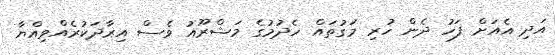
އަދި އެއަށް ފަހު ދެން ހުރި މަގުތައް ހެދުމުގެ މަޝްރޫއު ވެސް އިރާދަކުރެއްވިއްޔާ